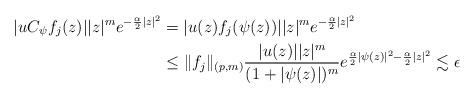
LaTeX: \begin{align*} |uC_\psi f_j(z) ||z|^m e^{-\frac{\alpha}{2}|z|^2}&= |u(z) f_j(\psi(z))||z|^m e^{-\frac{\alpha}{2}|z|^2}\\ &\leq \|f_j\|_{(p,m)}\frac{ |u(z)||z|^m}{(1+|\psi(z)|)^{m}} e^{\frac{\alpha}{2}|\psi(z)|^2-\frac{\alpha}{2}|z|^2} \lesssim \epsilon \end{align*}